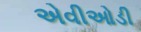
એવીઓડી